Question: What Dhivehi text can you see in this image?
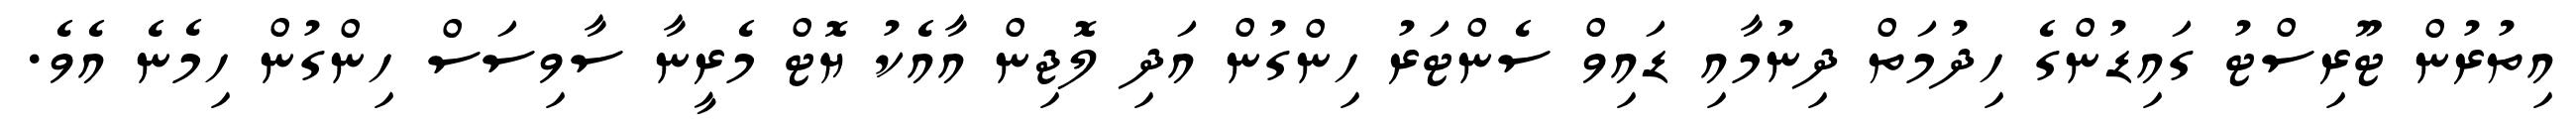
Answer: އިތުރުން ޓޫރިސްޓު ގައިޑުންގެ ހިދުމަތް ދިނުމާއި ޑައިވް ސެންޓަރު ހިންގުން އަދި ލޮޖިން އާއެކު ޔޮޓް މެރީނާ ސާވިސަސް ހިންގުން ހިމެނެ އެވެ.